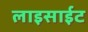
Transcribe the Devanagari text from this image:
लाइसाईट